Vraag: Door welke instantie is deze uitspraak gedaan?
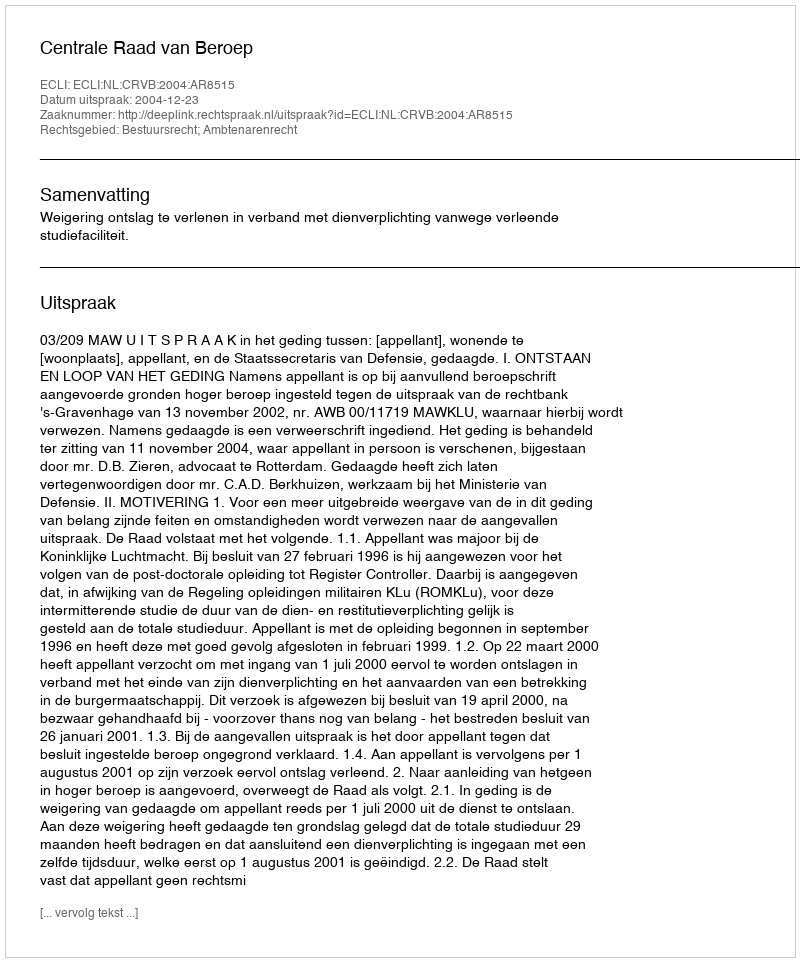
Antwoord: Centrale Raad van Beroep